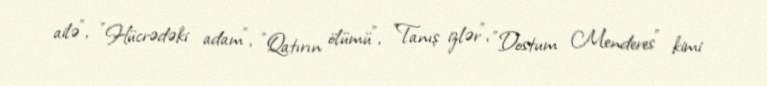
ailə", "Hücrədəki adam", "Qatırın ölümü", "Tanış izlər", "Dostum Menderes" kimi